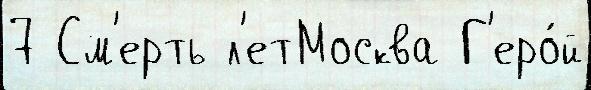
7 См'ерть л'етМосква Г'еро́й